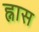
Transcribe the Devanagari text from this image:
ह्नास